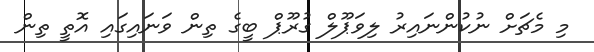
މި މެޗަށް ނުކުންނައިރު ލިވަޕޫލް ގުރޫޕް ބީގެ ތިން ވަނައިގައި އޮތީ ތިން